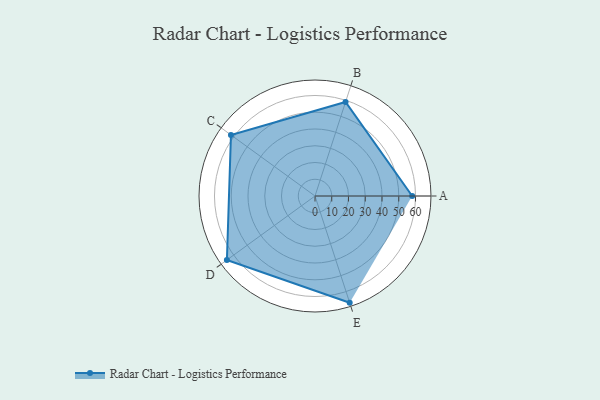
{"axis": {"x": "Skill", "y": "Score"}, "legend": ["Profile"], "data": [{"x": "A", "y": 58.0, "type": "Profile"}, {"x": "B", "y": 59.0, "type": "Profile"}, {"x": "C", "y": 62.0, "type": "Profile"}, {"x": "D", "y": 65.0, "type": "Profile"}, {"x": "E", "y": 67.0, "type": "Profile"}]}